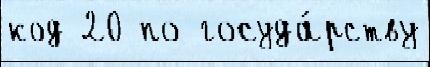
код 20 по госуда́рству